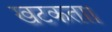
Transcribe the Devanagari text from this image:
खटकता।